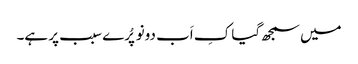
میں سمجھ گیا کِ اَب دونو پُرے سبب پر ہے۔